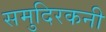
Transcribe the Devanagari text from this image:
समुदिरकनी